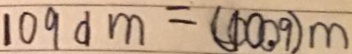
1 0 9 d m = ( 1 0 0 0 . 9 ) m